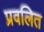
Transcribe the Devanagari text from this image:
प्रवलित